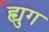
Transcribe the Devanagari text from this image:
ह्युग